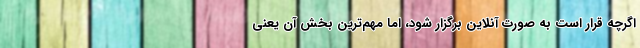
اگرچه قرار است به صورت آنلاین برگزار شود، اما مهم‌ترین بخش آن یعنی